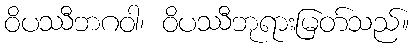
ဝိပဿီဘဂဝါ၊ ဝိပဿီဘုရားမြတ်သည်။